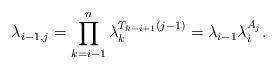
LaTeX: \begin{align*}\lambda_{i-1,j}= \prod_{k=i-1}^{n} \lambda_{k}^{T_{k-i+1}(j-1)}=\lambda_{i-1}\lambda_i^{A_j}.\end{align*}